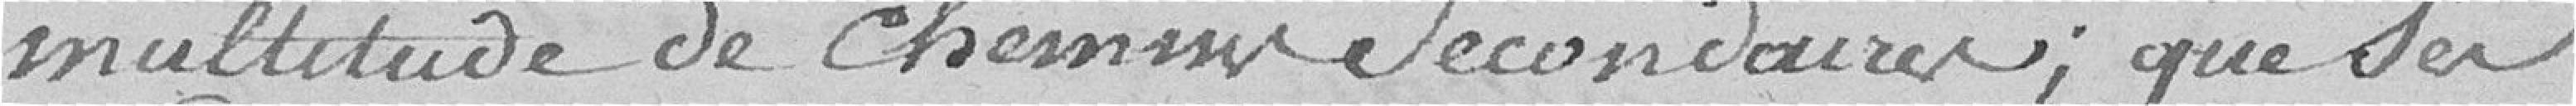
multitude de chemins secondaires ; que des